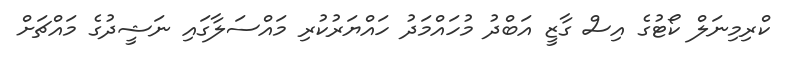
ކްރިމިނަލް ކޯޓުގެ އިސް ގާޒީ އަބްދު މުހައްމަދު ހައްޔަރުކުރި މައްސަލާގައި ނަޝީދުގެ މައްޗަށް